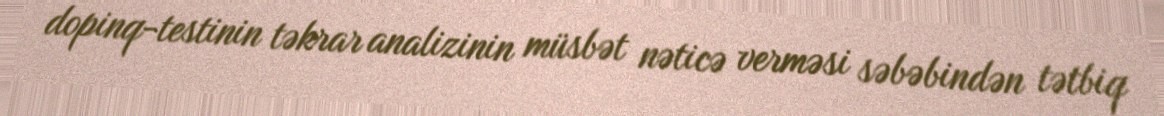
dopinq-testinin təkrar analizinin müsbət nəticə verməsi səbəbindən tətbiq